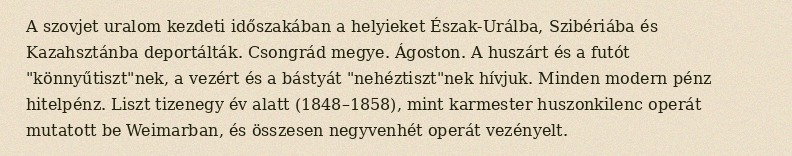
A szovjet uralom kezdeti időszakában a helyieket Észak-Urálba, Szibériába és Kazahsztánba deportálták. Csongrád megye. Ágoston. A huszárt és a futót "könnyűtiszt"nek, a vezért és a bástyát "nehéztiszt"nek hívjuk. Minden modern pénz hitelpénz. Liszt tizenegy év alatt (1848–1858), mint karmester huszonkilenc operát mutatott be Weimarban, és összesen negyvenhét operát vezényelt.